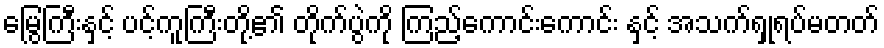
မြွေကြီးနှင့် ပင့်ကူကြီးတို့၏ တိုက်ပွဲကို ကြည့်ကောင်းကောင်း နှင့် အသက်ရှုရပ်မတတ်